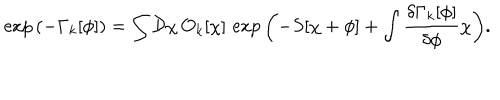
\exp { \left( - \Gamma _ { k } [ \phi ] \right) } = \int { \mathcal D } \chi \, { \mathcal O } _ { k } [ \chi ] \, \exp { \left( - S [ \chi + \phi ] + \int \frac { \delta \Gamma _ { k } [ \phi ] } { \delta \phi } \chi \right) } .